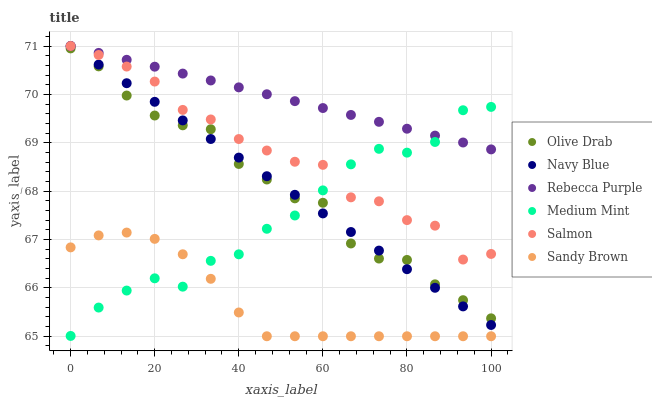
| xaxis_label | Olive Drab | Navy Blue | Rebecca Purple | Medium Mint | Salmon | Sandy Brown |
 | --- | --- | --- | --- | --- | --- | --- |
 | 0 | 71 | 71 | 71 | 65 | 71 | 66.8 |
 | 6.67 | 70.6 | 70.6 | 70.9 | 65.6 | 70.8 | 67.1 |
 | 13.3 | 70 | 70.2 | 70.7 | 65.9 | 70.6 | 67.1 |
 | 20 | 69.6 | 69.8 | 70.6 | 66.2 | 70.3 | 67 |
 | 26.7 | 69.4 | 69.5 | 70.4 | 66 | 69.7 | 66.7 |
 | 33.3 | 69.3 | 69.1 | 70.3 | 66.6 | 69.5 | 66.2 |
 | 40 | 68.6 | 68.7 | 70.1 | 66.7 | 69.1 | 65.5 |
 | 46.7 | 68.2 | 68.3 | 70 | 67.2 | 68.8 | 65 |
 | 53.3 | 67.9 | 67.9 | 69.9 | 67.5 | 68.6 | 65 |
 | 60 | 67.8 | 67.5 | 69.7 | 68 | 68.5 | 65 |
 | 66.7 | 66.9 | 67.2 | 69.6 | 68.6 | 67.9 | 65 |
 | 73.3 | 66.6 | 66.8 | 69.4 | 68.9 | 67.8 | 65 |
 | 80 | 66.6 | 66.4 | 69.3 | 68.8 | 67.4 | 65 |
 | 86.7 | 66.1 | 66 | 69.1 | 69 | 67.3 | 65 |
 | 93.3 | 65.7 | 65.6 | 69 | 69.7 | 66.6 | 65 |
 | 100 | 65.4 | 65.2 | 68.9 | 69.7 | 66.7 | 65 |